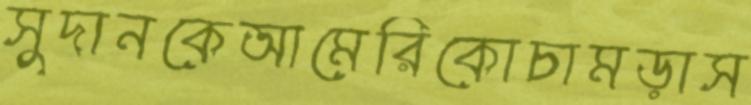
সুদানকেআমেরিকোচামড়াস